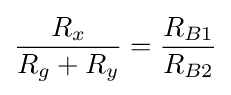
{\frac {R_{x}}{R_{g}+R_{y}}}={\frac {R_{B1}}{R_{B2}}}